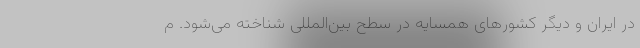
در ایران و دیگر کشورهای همسایه در سطح بین‌المللی شناخته می‌شود. م